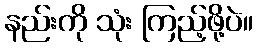
နည်းကို သုံး ကြည့်ဖို့ပဲ။